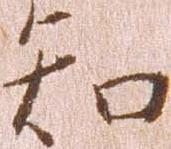
知